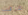
عرفت